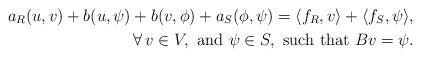
LaTeX: \begin{align*}a_R(u,v)+b(u,\psi)+b(v,\phi)+a_S(\phi,\psi)=\langle f_R,v\rangle+\langle f_S,\psi\rangle,\\\forall\,v\in V,\ \mbox{and}\ \psi\in S,\ \mbox{such\ that}\ Bv=\psi.\end{align*}